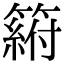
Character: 𥲛